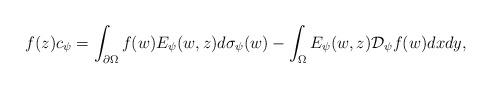
LaTeX: \begin{align*} f(z) c_{\psi} =\int_{\partial \Omega} f( w )E_{\psi}( w , z)d\sigma_{\psi}( w ) - \int_\Omega E_{\psi}( w ,z) {\mathcal D}_{\psi} f( w )dx d y,\end{align*}